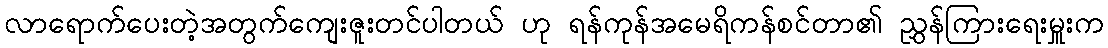
လာရောက်ပေးတဲ့အတွက်ကျေးဇူးတင်ပါတယ် ဟု ရန်ကုန်အမေရိကန်စင်တာ၏ ညွှန်ကြားရေးမှူးက